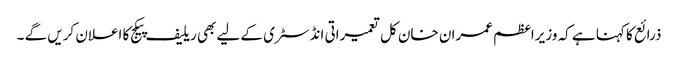
ذرائع کا کہنا ہے کہ وزیراعظم عمران خان کل تعمیراتی انڈسٹری کے لیے بھی ریلیف پیکج کا اعلان کریں گے ۔